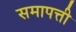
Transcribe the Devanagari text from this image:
समापत्ती